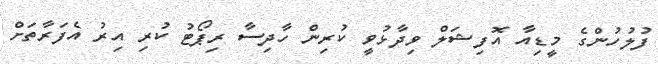
ފުލުހުންގެ މީޑިއާ އޮފިޝަލް ވިދާޅުވީ ކުރިން ހާދިސާ ރިޕޯޓު ކުރި އިރު އެފަރާތަށް